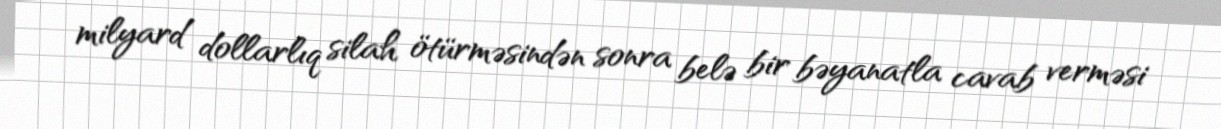
milyard dollarlıq silah ötürməsindən sonra belə bir bəyanatla cavab verməsi